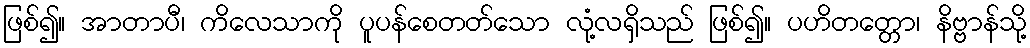
ဖြစ်၍။ အာတာပီ၊ ကိလေသာကို ပူပန်စေတတ်သော လုံ့လရှိသည် ဖြစ်၍။ ပဟိတတ္တော၊ နိဗ္ဗာန်သို့